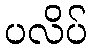
ပလိပ်